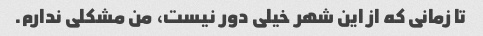
تا زمانی که از این شهر خیلی دور نیست، من مشکلی ندارم.